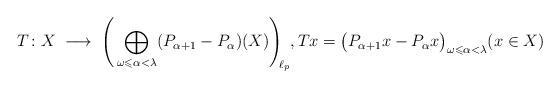
LaTeX: \begin{align*}T\colon X \;\longrightarrow\;\; \Biggr( \bigoplus_{\omega\leqslant \alpha<\lambda} (P_{\alpha+1}-P_\alpha)(X) \Biggr)_{\!\!\ell_p},Tx = \bigl(P_{\alpha+1}x - P_{\alpha}x\bigr)_{\omega\leqslant \alpha<\lambda}(x\in X)\end{align*}